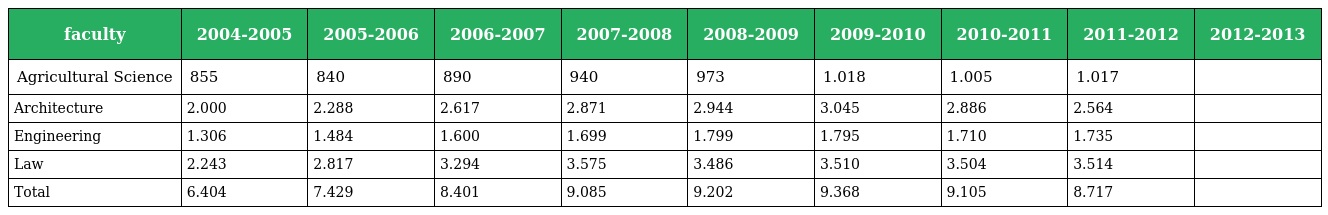
| faculty | 2004-2005 | 2005-2006 | 2006-2007 | 2007-2008 | 2008-2009 | 2009-2010 | 2010-2011 | 2011-2012 | 2012-2013 |
 | --- | --- | --- | --- | --- | --- | --- | --- | --- | --- |
 | Agricultural Science | 855 | 840 | 890 | 940 | 973 | 1.018 | 1.005 | 1.017 |  |
 | Architecture | 2.000 | 2.288 | 2.617 | 2.871 | 2.944 | 3.045 | 2.886 | 2.564 |  |
 | Engineering | 1.306 | 1.484 | 1.600 | 1.699 | 1.799 | 1.795 | 1.710 | 1.735 |  |
 | Law | 2.243 | 2.817 | 3.294 | 3.575 | 3.486 | 3.510 | 3.504 | 3.514 |  |
 | Total | 6.404 | 7.429 | 8.401 | 9.085 | 9.202 | 9.368 | 9.105 | 8.717 |  |